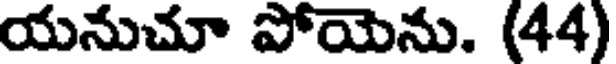
యనుచూ పోయెను. (44)